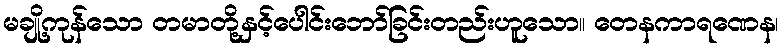
မချို့ကုန်သော တမာတို့နှင့်ပေါင်းဘော်ခြင်းတည်းဟူသော။ တေနကာရဏေန၊